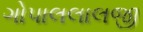
ગોપાલલાલજી